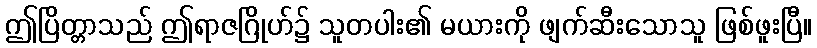
ဤပြိတ္တာသည် ဤရာဇဂြိုဟ်၌ သူတပါး၏ မယားကို ဖျက်ဆီးသောသူ ဖြစ်ဖူးပြီ။